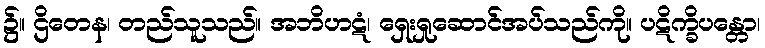
၌။ ဌိတေန၊ တည်သူသည်။ အဘိဟဋံ၊ ရှေးရှုဆောင်အပ်သည်ကို။ ပဋိက္ခိပန္တော၊